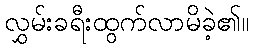
လွှမ်းခရီးထွက်လာမိခဲ့၏။